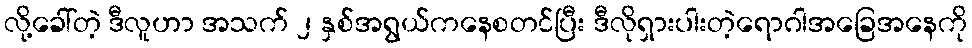
လို့ခေါ်တဲ့ ဒီလူဟာ အသက် ၂ နှစ်အရွယ်ကနေစတင်ပြီး ဒီလိုရှားပါးတဲ့ရောဂါအခြေအနေကို